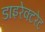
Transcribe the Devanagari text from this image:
डाइरेक्टरेट